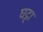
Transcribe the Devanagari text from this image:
घट्टा